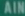
AIR